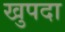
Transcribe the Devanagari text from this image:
खुपदा